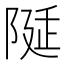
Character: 𨺘